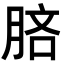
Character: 𣍵